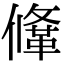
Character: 鞗